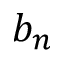
b _ { n }